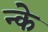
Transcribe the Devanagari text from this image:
न्के